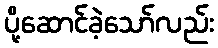
ပို့ဆောင်ခဲ့သော်လည်း